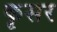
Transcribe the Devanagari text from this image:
कृसर